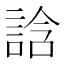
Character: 誝